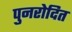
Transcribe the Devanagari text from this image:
पुनरोदित